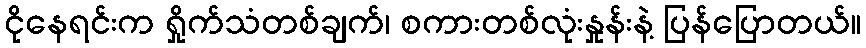
ငိုနေရင်းက ရှိုက်သံတစ်ချက်၊ စကားတစ်လုံးနှုန်းနဲ့ ပြန်ပြောတယ်။